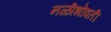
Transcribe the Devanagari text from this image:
नळीभोवती